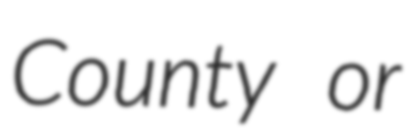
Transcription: County or